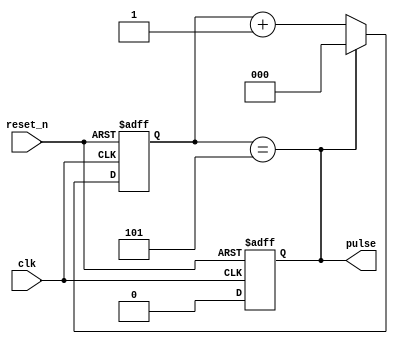
module pulsegen(
	input clk,
	input reset_n,
	output reg pulse
);

	localparam CYCLE = 5;

	reg [2:0] timer;
	reg clear_timer;
	
	always@(posedge clk, negedge reset_n) begin
	
		if(!reset_n) begin
		
			timer <= 0;
			clear_timer <= 0;
			
		end
		
		else if (clear_timer) begin
		
			timer <= 0;
			clear_timer <= 0;
			
		end
			
		else 
			timer <= timer + 1'b1;
		
	end

	assign pulse = (timer == CYCLE);
	assign clear_timer = (timer == CYCLE);

endmodule